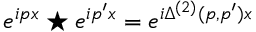
e ^ { i p x } \star e ^ { i p ^ { \prime } x } = e ^ { i \Delta ^ { ( 2 ) } ( p , p ^ { \prime } ) { x } }